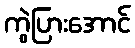
ကွဲပြားအောင်